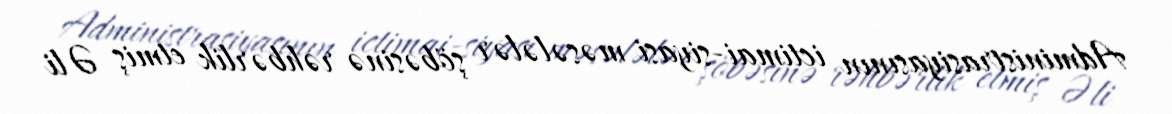
Administrasiyasının ictimai-siyasi məsələlər şöbəsinə rəhbərlik etmiş Əli